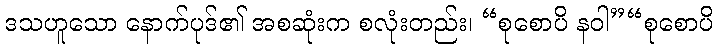
ဒသဟူသော နောက်ပုဒ်၏ အစဆုံးက စလုံးတည်း၊ “စုစောပိ နဝါ”“စုစောပိ